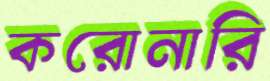
করোনারি